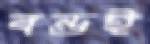
বন্ডই